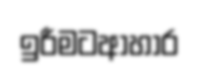
ඉරීමටආහාර